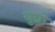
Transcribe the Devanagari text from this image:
युग्नो